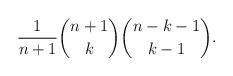
LaTeX: \begin{align*}\frac{1}{n+1}\binom{n+1}{k}\binom{n-k-1}{k-1}.\end{align*}